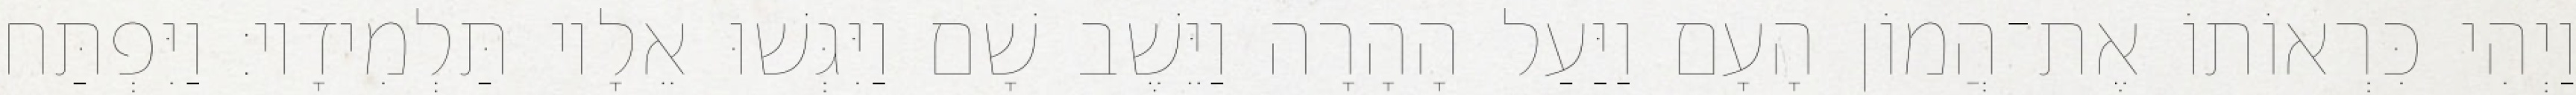
וַיְהִי כִּרְאוֹתוֹ אֶת־הֲמוֹן הָעָם וַיַּעַל הָהָרָה וַיֵּשֶׁב שָׁם וַיִּגְּשׁוּ אֵלָיו תַּלְמִידָיו׃ וַיִּפְתַּח